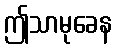
ဤသာမုခေန